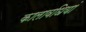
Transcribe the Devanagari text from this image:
कालावधियां